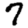
Digit: 7